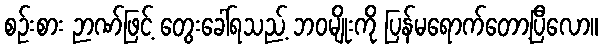
စဉ်းစား ဉာဏ်ဖြင့် တွေးခေါ်ရသည့် ဘဝမျိုးကို ပြန်မရောက်တော့ပြီလော။